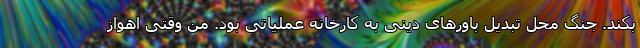
بکند. جنگ محل تبدیل باورهای دینی به کارخانه عملیاتی بود. من وقتی اهواز